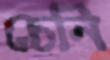
চেনি